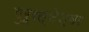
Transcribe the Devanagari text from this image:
गुरूरत्नेश्वर